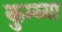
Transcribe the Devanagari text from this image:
कुम्ब्या